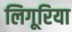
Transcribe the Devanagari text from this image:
लिगूरिया